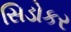
સિડોકર